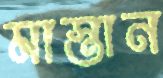
মাস্তান